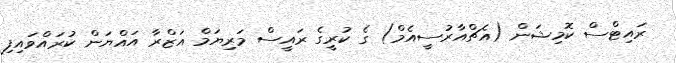
ރައިޓްސް ކޮމިޝަން (އެޗްއާރުސީއެމް) ގެ ކުރީގެ ރައީސް މަރިޔަމް އަޒްރާ އައްޔަން ކުރައްވައިފި